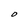
Character: O